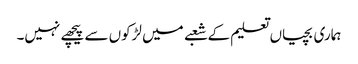
ہماری بچیاں تعلیم کے شعبے میں لڑکوں سے پیچھے نہیں۔